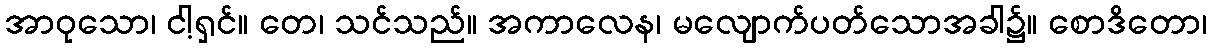
အာဝုသော၊ ငါ့ရှင်။ တေ၊ သင်သည်။ အကာလေန၊ မလျောက်ပတ်သောအခါ၌။ စောဒိတော၊